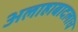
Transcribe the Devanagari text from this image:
अलाहाबादलाच